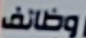
وظائف